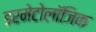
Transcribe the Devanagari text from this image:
डरमेटोलॉजिक